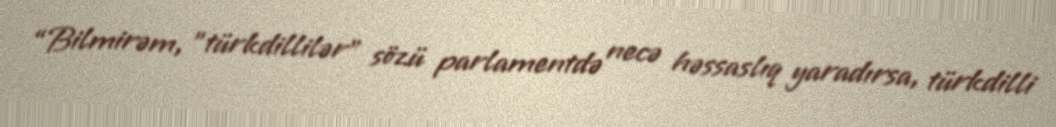
“Bilmirəm, ”türkdillilər" sözü parlamentdə necə həssaslıq yaradırsa, türkdilli